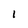
Character: l